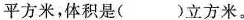
平方米，体积是()立方米。